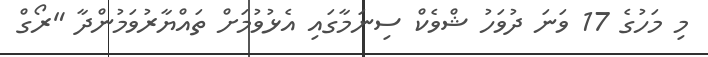
މި މަހުގެ 17 ވަނަ ދުވަހު ޝްވެކް ސިނަމާގައި އެޅުވުމަށް ތައްޔާރުވަމުންދާ "ރޯގް